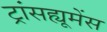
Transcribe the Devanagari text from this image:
ट्रांसह्यूमेंस